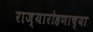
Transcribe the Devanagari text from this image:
राज्यारोहणाच्या